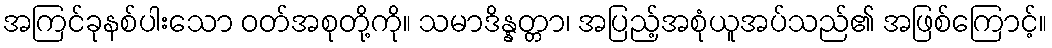
အကြင်ခုနစ်ပါးသော ဝတ်အစုတို့ကို။ သမာဒိန္နတ္တာ၊ အပြည့်အစုံယူအပ်သည်၏ အဖြစ်ကြောင့်။